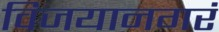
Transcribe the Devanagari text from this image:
विजयानगरं